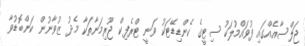
ޖަލްސާއެއްގައި ފުވައްމުލަކު ސިޓީގެ ކެންޑިޑޭޓަކު ވަނީ ޓްރެފިކް ޖޫރިމަނާތަކާ މެދު ޒުވާނުން ކަންބޮޑުވާ